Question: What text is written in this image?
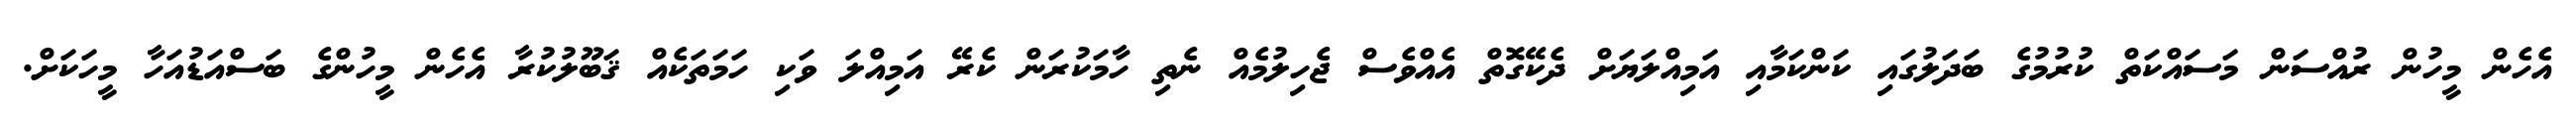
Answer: އެހެން މީހުން ރުއްސަން މަސައްކަތް ކުރުމުގެ ބަދަލުގައި ކަންކަމާއި އަމިއްލަޔަށް ދެކޭގޮތް އެއްވެސް ޖެހިލުމެއް ނެތި ހާމަކުރަން ކެރޭ އަމިއްލަ ވަކި ހަމަތަކެއް ޤަބޫލުކުރާ އެހެން މީހުންގެ ބަސްއަޑުއަހާ މީހަކަށް.